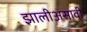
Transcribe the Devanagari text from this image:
झालीअसावी